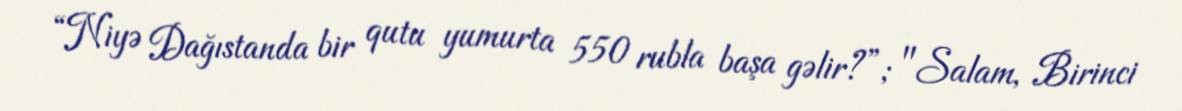
“Niyə Dağıstanda bir qutu yumurta 550 rubla başa gəlir?”; "Salam, Birinci